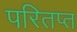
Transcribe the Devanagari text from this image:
परितप्त